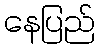
နေပြည်